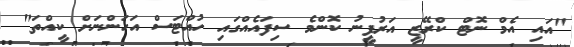
"އައި އެމް ނޮޓް ކްރޭޒީ އަރުފީނު ކޮންމެ ސިފައެއްގައި ހުއްޓަސް އަހަންނަށް ކީއްތަ"